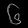
Digit: ၆